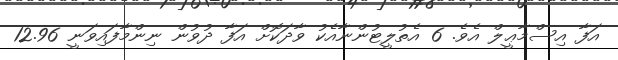
އަފާ އިސްމާޢީލް އެވެ. 6 އެތުލީޓުންނާއެކު ވާދަކޮށް އަފާ ދުވުން ނިންމާފައިވަނީ 12.96